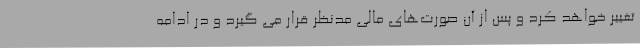
تغییر خواهد کرد و پس از آن صورت‌های مالی مدنظر قرار می گیرد و در ادامه